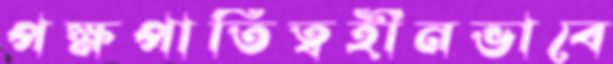
পক্ষপাতিত্বহীনভাবে